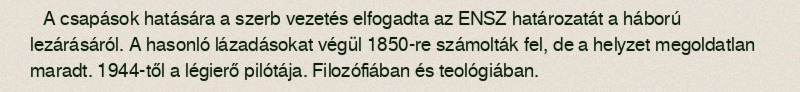
A csapások hatására a szerb vezetés elfogadta az ENSZ határozatát a háború lezárásáról. A hasonló lázadásokat végül 1850-re számolták fel, de a helyzet megoldatlan maradt. 1944-től a légierő pilótája. Filozófiában és teológiában.